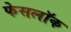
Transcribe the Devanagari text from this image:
फेसलॉक